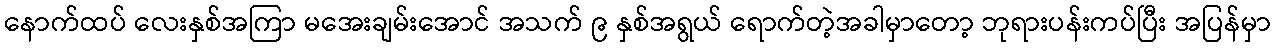
နောက်ထပ် လေးနှစ်အကြာ မအေးချမ်းအောင် အသက် ၉ နှစ်အရွယ် ရောက်တဲ့အခါမှာတော့ ဘုရားပန်းကပ်ပြီး အပြန်မှာ